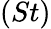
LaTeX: (St)